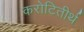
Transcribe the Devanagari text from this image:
करोटितीर्थ